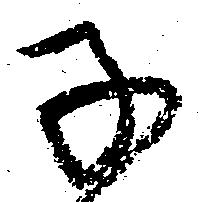
子